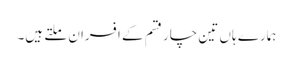
ہمارے ہاں تین چار قسم کے افسران ملتے ہیں۔